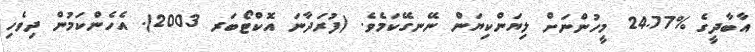
އާބާދީގެ %24.77 މީހުންނަށް ލިޔަންކިޔަން ނޭނގޭކަމެވެ. (ފުރަދާނަ އޮކްޓޯބަރ 2003). އެހެންކަމުން ދިވެހި